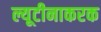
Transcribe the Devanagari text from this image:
ल्यूटीनाकरक